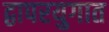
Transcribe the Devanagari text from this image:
द्वापरयुगात